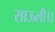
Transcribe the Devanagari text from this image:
साऊली।।